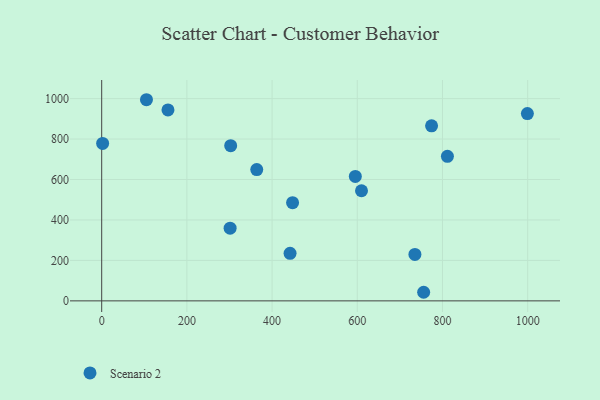
{"axis": {"x": "Speed", "y": "Profit"}, "legend": ["Scenario 2"], "data": [{"x": "448.1", "y": 485.5, "type": "Scenario 2"}, {"x": "302.8", "y": 767.4, "type": "Scenario 2"}, {"x": "811.6", "y": 714.4, "type": "Scenario 2"}, {"x": "595.4", "y": 615.2, "type": "Scenario 2"}, {"x": "301.5", "y": 359.4, "type": "Scenario 2"}, {"x": "2.2", "y": 778.3, "type": "Scenario 2"}, {"x": "999.3", "y": 926.1, "type": "Scenario 2"}, {"x": "735.3", "y": 229.4, "type": "Scenario 2"}, {"x": "364.0", "y": 649.3, "type": "Scenario 2"}, {"x": "155.6", "y": 943.9, "type": "Scenario 2"}, {"x": "774.4", "y": 865.5, "type": "Scenario 2"}, {"x": "609.9", "y": 544.3, "type": "Scenario 2"}, {"x": "105.1", "y": 994.4, "type": "Scenario 2"}, {"x": "755.8", "y": 42.5, "type": "Scenario 2"}, {"x": "442.2", "y": 235.1, "type": "Scenario 2"}]}